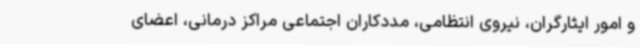
و امور ایثارگران، نیروی انتظامی، مددکاران اجتماعی مراکز درمانی، اعضای